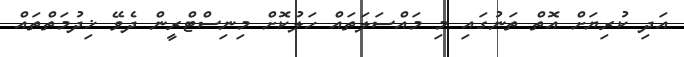
އަދި ކުރިޔަށް އޮތް ތަނުގައި މި މައްސަލަތައް ހަލުކޮށް މިނިސްޓްރީން ދެވޭ ޚިދުމަތްތައް